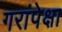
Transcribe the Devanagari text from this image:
गरांपेक्षा